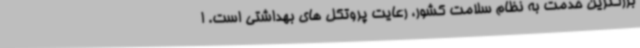
بزرگترین خدمت به نظام سلامت کشور، رعایت پروتکل های بهداشتی است. ا